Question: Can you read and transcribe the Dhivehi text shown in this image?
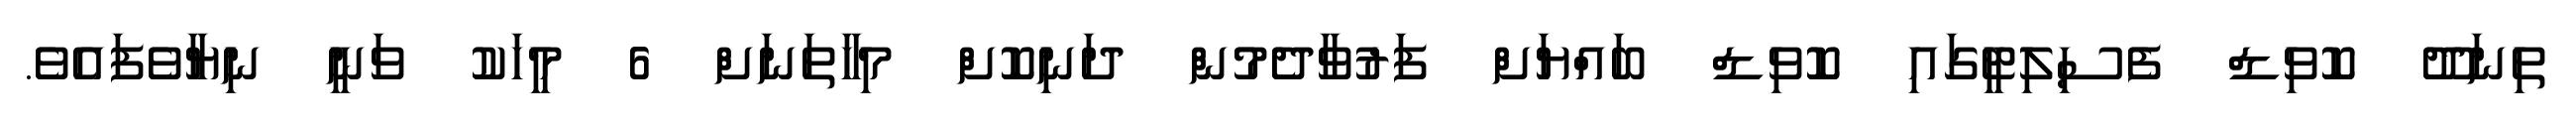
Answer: ތިނަދޫ ކޮވިޑް ފެސިލިޓީގައި ކޮވިޑް ބައްޔަށް ފަރުވާދެމުން ދަނިކޮށް މިހާތަނަށް 6 މީހަކު ވަނީ ނިޔާވެފައެވެ.